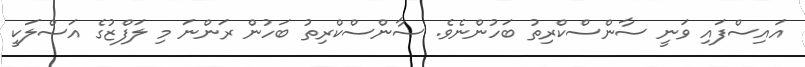
އައިސްފައި ވަނީ ސާންސްކްރިތު ބަހުންނެވެ. ސާންސްކްރިތު ބަހުން ރަންނަ މި ލަފްޒުގެ އަސްލަކީ